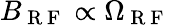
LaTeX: B_{\mathrm{~R~F~}}\propto\Omega_{\mathrm{~R~F~}}